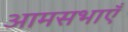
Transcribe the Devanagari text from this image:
आमसभाएँ